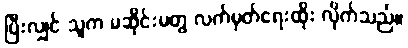
ပြီးလျှင် သူက မဆိုင်းမတွ လက်မှတ်ရေးထိုး လိုက်သည်။